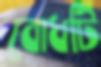
বোধটি